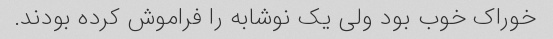
خوراک خوب بود ولی یک نوشابه را فراموش کرده بودند.